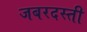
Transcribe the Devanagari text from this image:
जबरदस्‍ती